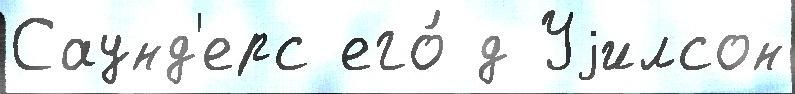
Саунд'ерс его́ д Уjилсон